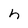
Character: h